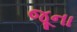
જૂના